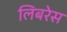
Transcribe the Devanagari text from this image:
लिबरेस